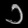
Digit: ၁